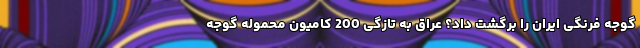
گوجه فرنگی ایران را برگشت داد؟ عراق به تازگی 200 کامیون محموله گوجه